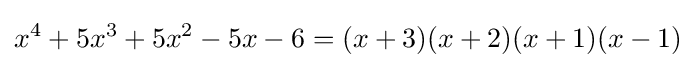
x^{4}+5x^{3}+5x^{2}-5x-6=(x+3)(x+2)(x+1)(x-1)